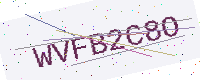
Text: WVFB2C8O